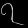
Digit: ၇